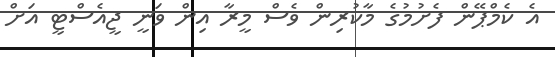
އެ ކެމްޕޭން ފެށުމުގެ މާކުރިން ވެސް މީރާ އިން ވަނީ ޖީއެސްޓީ އަށް